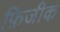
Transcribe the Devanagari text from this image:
फ़िजीक